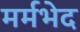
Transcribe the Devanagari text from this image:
मर्मभेद